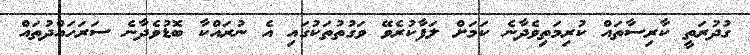
ގުދުރަތީ ކާރިސާތައް ކުރިމަތިވެދާނެ ކަމަށް ލަފާކުރެވޭ ވަގުތުތަކުގައި އެ ނުރައްކާ ބޮޑުވެދާނެ ސަރަހައްދުތައް